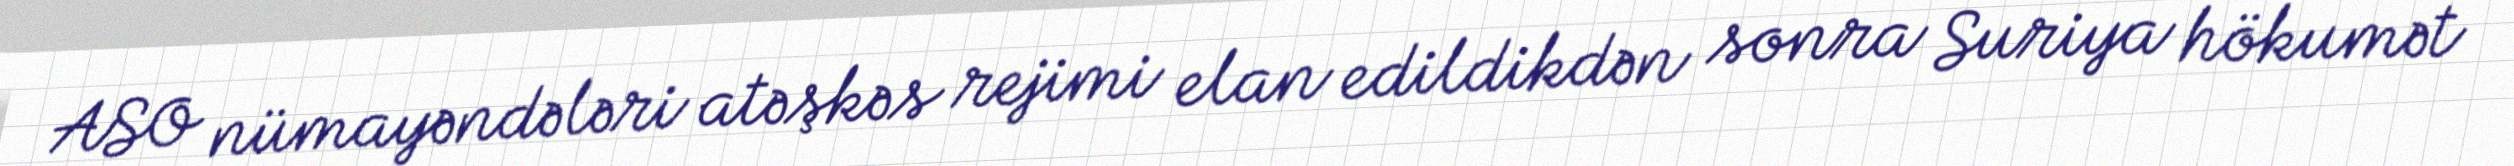
ASO nümayəndələri atəşkəs rejimi elan edildikdən sonra Suriya hökumət